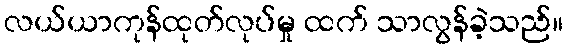
လယ်ယာကုန်ထုတ်လုပ်မှု ထက် သာလွန်ခဲ့သည်။